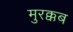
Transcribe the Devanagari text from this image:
मुरक्कब